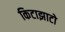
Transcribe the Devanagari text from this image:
किटाझाटो